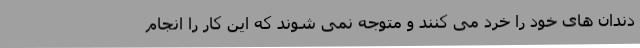
دندان های خود را خرد می کنند و متوجه نمی شوند که این کار را انجام